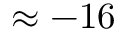
\approx - 1 6